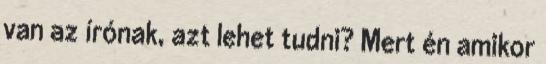
van az írónak, azt lehet tudni? Mert én amikor